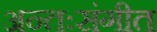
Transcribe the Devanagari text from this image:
अन्तःसंगीत